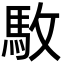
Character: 駇